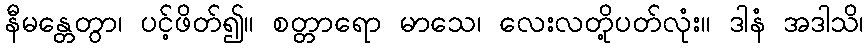
နီမန္တေတွာ၊ ပင့်ဖိတ်၍။ စတ္တာရော မာသေ၊ လေးလတို့ပတ်လုံး။ ဒါနံ အဒါသိ၊